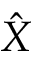
\hat { X }